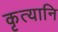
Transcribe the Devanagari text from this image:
कृत्यानि